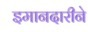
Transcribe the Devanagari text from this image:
इमानदारीने